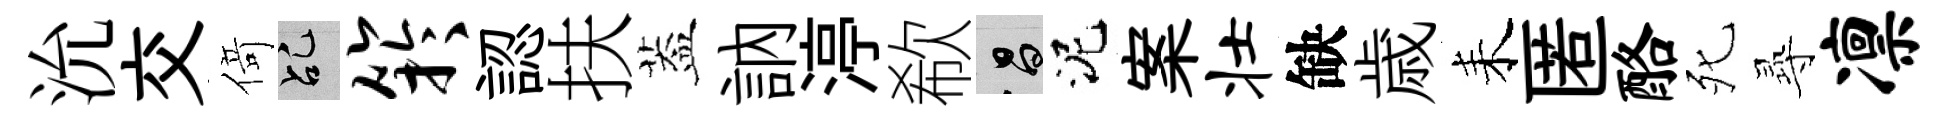
沇交𠋣乩竽認扶葢訥渟欷昌泥案壮缺歳耒匿酪死𡬶凛